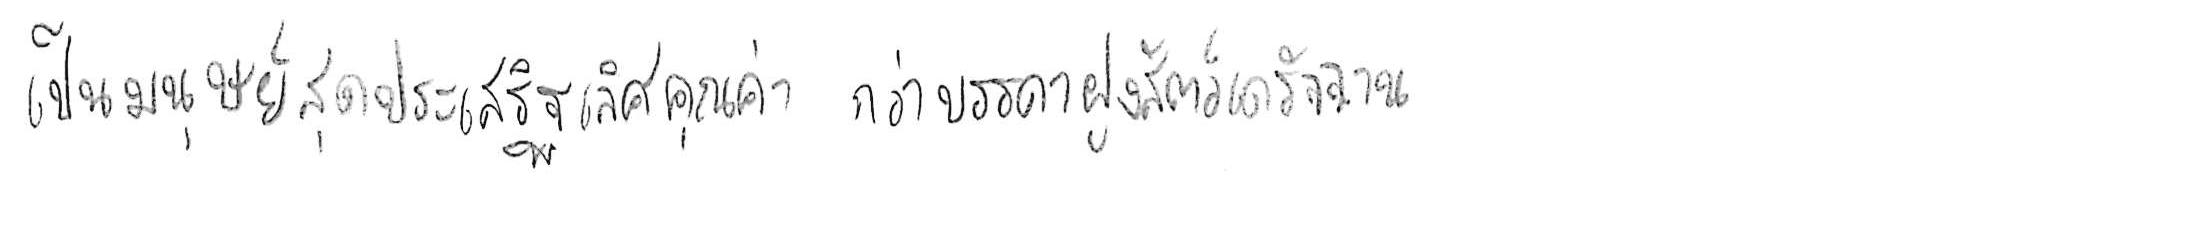
เป็นมนุษย์สุดประเสริฐเลิศคุณค่า กว่าบรรดาฝูงสัตว์เดรัจฉาน